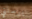
يرسلني